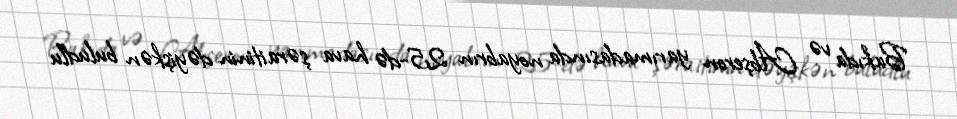
Bakıda və Abşeron yarımadasında noyabrın 25-də hava şəraitinin dəyişkən buludlu